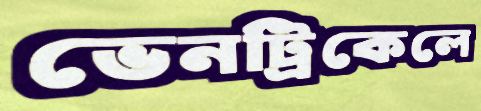
ভেনট্রিকেলে